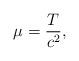
LaTeX: \begin{align*}\mu=\frac{T}{c^2},\end{align*}